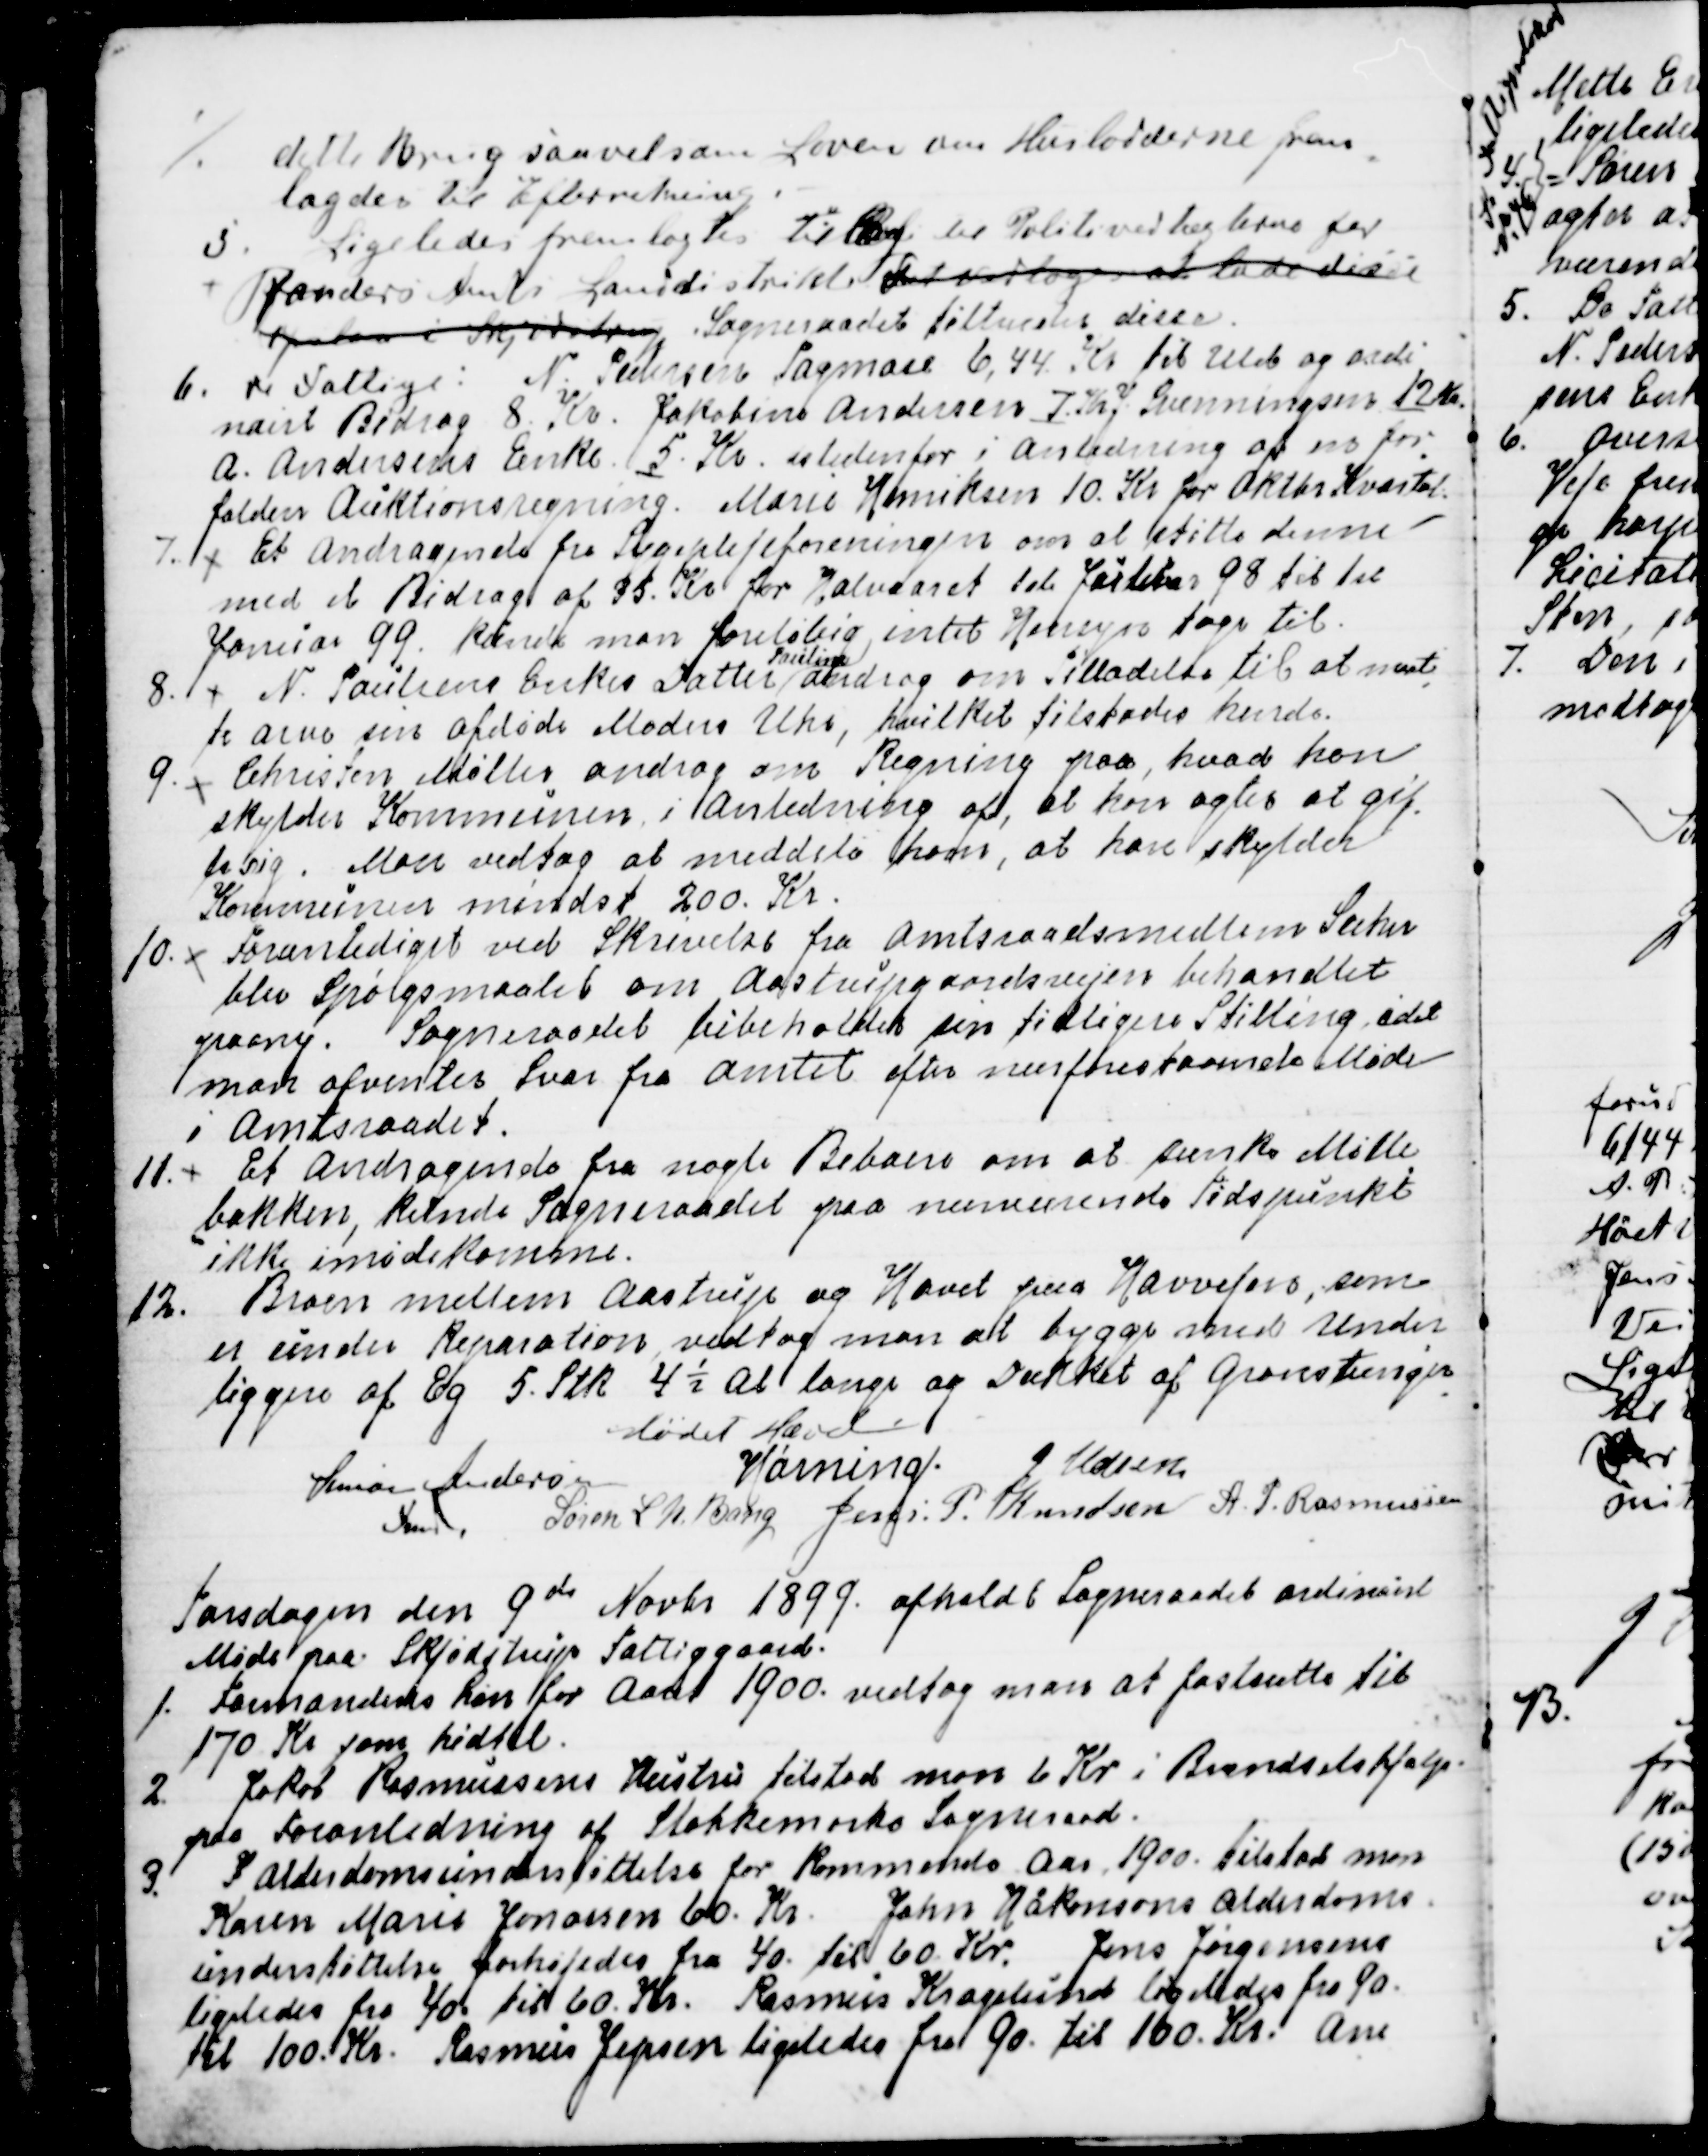
Transskription:
dette Brug saavel som Loven om Huslodderne frem
=
lagdes til Efterretning.
5. Ligeledes fremlagdes til Brug til Politivedtægterne for
Randers Amts Landdistrikt Det vedtoges at lade disse
opslaa i Skjødstrup Sogneraadet tiltræder disse.
6. De Fattige: N. Pedersen Tagmose 6,44 Kr. til Uld og ordi
nairt Bidrag 8. Kr. Jakobine Andersen 7. Kr. J Svenningsen 12 Kr
A. Andersens Enke 5. Kr. istedenfor i Anledning af en for
=
falden Auktionsregning. Marie Henriksen 10. Kr for Oktbr Kvartal.
7. 
Et Andragende fra Sygeplejeforeningen om at støtte denne
med et Bidrag af 35. Kr for Halvaaret til Januar 98 til til
Januar 99. kunde man foreløbig intet Hensyn tage til.
8. 
N. Poulsens Enkes Datter
Pouline
androg om tilladelse til at maat
=
te arve sin afdøde Moders Uhr, hvilket tilstodes hende.
9. 
Christen Møller androg om Regning paa, hvad han
skylder Kommunen i Anledning af, at han agter at gif
=
te sig. Man vedtog at meddele ham, at han skylder
Kommunen mindst 200. Kr.
10.
Foranlediget ved Skrivelse fra Amtsraadsmedlem Suhr
blev Spørgsmaalet om Aastrupgaardsvejen behandlet
paany. Sogneraadet bibeholder sin tidligere Stilling, idet
man afventer Svar fra Amtet efter nærforestaaende Møde
i Amtsraadet.
11.
Et Andragende fra nogle Beboere om at sænke Mølle
=
bakken, kunde Sogneraadet paa nuværende Tidspunkt
ikke imødekomme.
12.  Broen mellem Aastrup og Havet paa Havvejen, som
er under Reparation vedtog man at bygge med under
=
liggere af Eg 5. stk. 4½ Al lange og dækket af Grenstænger
.
Mødet Hævet
Simon Andersen
Fmd.
Hørning.
J Udsen
Søren L N Bang
Jens P. Knudsen
A. P. Rasmussen

Torsdagen den 9de Novbr 1899. afholdt Sogneraadet ordinairt
Møde paa Skjødstrup Fattiggaard.
1. Formandens Løn for Aaret 1900. vedtog man at fastsætte til
170 Kr som hidtil.
2. Jakob Rasmussens Hustru tilstod man 6 Kr i Brændselshjælp
paa Foranledning af Stokkemarke Sogneraad.
3. I Alderdomsunderstøttelse for kommende Aar 1900. tilstod man
Karen Marie Jonassen 60. Kr. John Håkonsons Alderdoms-
understøttelse forhøjedes fra 40. til 60. Kr. Jens Jørgensens
ligeledes fra 40. til 60. Kr. Rasmus Kragelund ligeledes fra 90.
til 100. Kr. Rasmus Jepsen ligeledes fra 90. til 100. Kr.  Ane